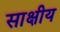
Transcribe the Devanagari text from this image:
साक्षीय